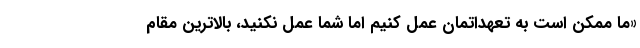
«ما ممکن است به تعهداتمان عمل کنیم اما شما عمل نکنید، بالاترین مقام